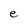
Character: e